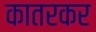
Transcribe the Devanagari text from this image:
कातरकर